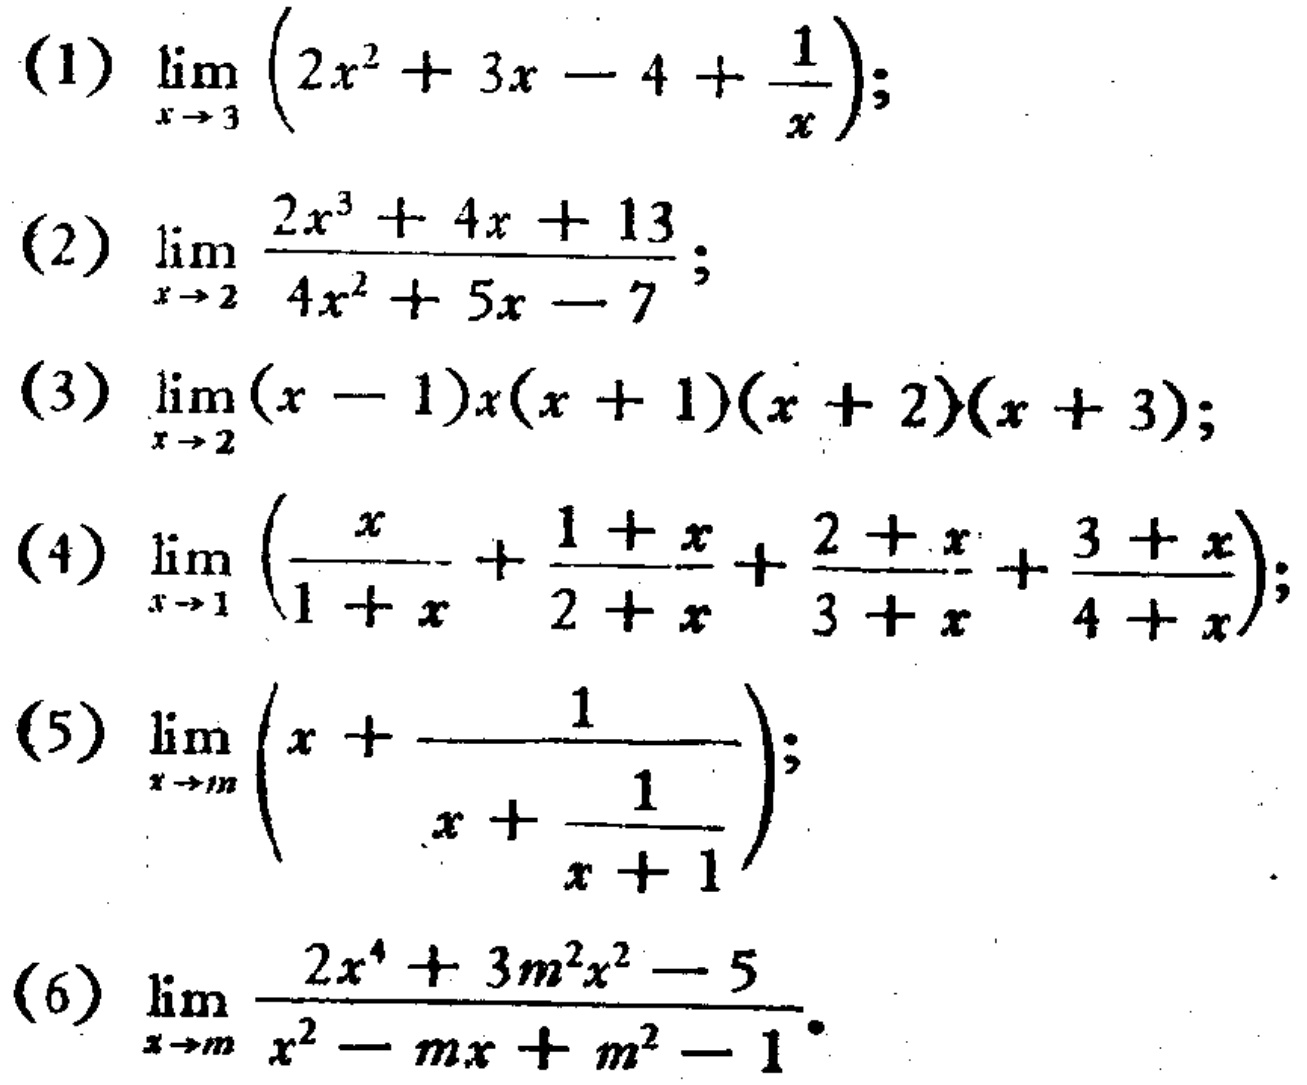
(1) \(\lim_{x \to 3} \left(2x^{2}+3x - 4+\frac{1}{x}\right)\);

(2) \(\lim_{x \to 2} \frac{2x^{3}+4x + 13}{4x^{2}+5x - 7}\);

(3) \(\lim_{x \to 2} (x - 1)x(x + 1)(x + 2)(x + 3)\);

(4) \(\lim_{x \to 1} \left(\frac{x}{1 + x}+\frac{1 + x}{2 + x}+\frac{2 + x}{3 + x}+\frac{3 + x}{4 + x}\right)\);

(5) \(\lim_{x \to m} \left(x+\frac{1}{x+\frac{1}{x + 1}}\right)\);

(6) \(\lim_{x \to m} \frac{2x^{4}+3m^{2}x^{2}-5}{x^{2}-mx + m^{2}-1}\)